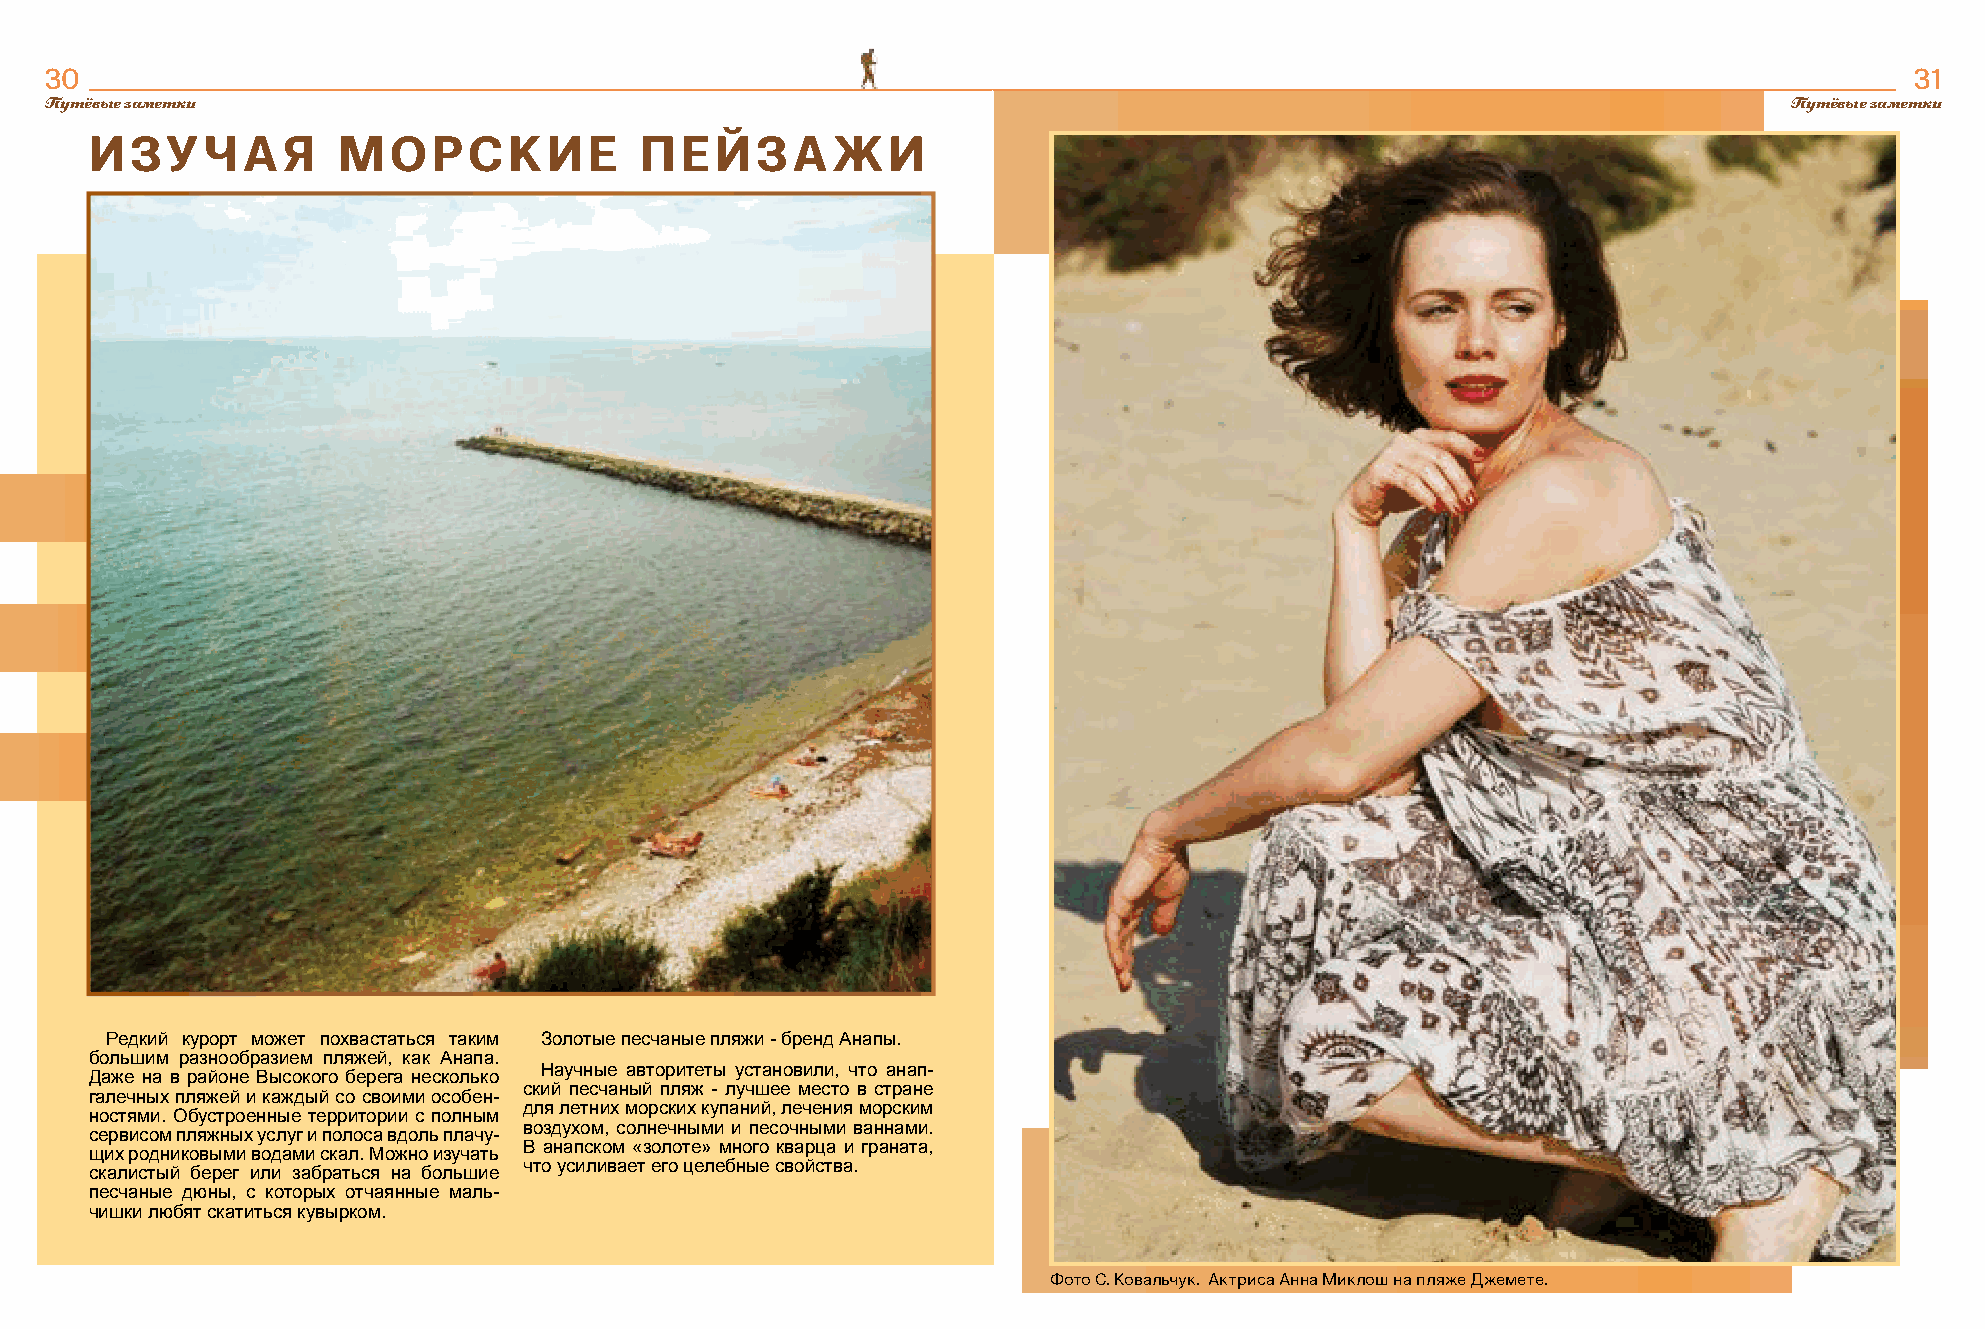
30                                                                                                                          31
 Путёвые заметки                                                                                                    Путёвые заметки
 ИЗУЧАЯ          МОРСКИЕ             ПЕЙЗАЖИ
 Редкий курорт может похвастаться таким Золотые песчаные пляжи - бренд Анапы.
 большим разнообразием пляжей, как Анапа.
 Научные авторитеты установили, что анап-
 Даже на в районе Высокого берега несколько
 ский песчаный пляж - лучшее место в стране
 галечных пляжей и каждый со своими особен-
 для летних морских купаний, лечения морским
 ностями. Обустроенные территории с полным
 воздухом, солнечными и песочными ваннами.
 сервисом пляжных услуг и полоса вдоль плачу-
 В анапском «золоте» много кварца и граната,
 щих родниковыми водами скал. Можно изучать
 что усиливает его целебные свойства.
 скалистый берег или забраться на большие
 песчаные дюны, с которых отчаянные маль-
 чишки любят скатиться кувырком.
 Фото С. Ковальчук. Актриса Анна Миклош на пляже Джемете.